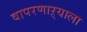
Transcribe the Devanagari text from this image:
वापरणाऱ्याला